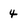
Character: 4